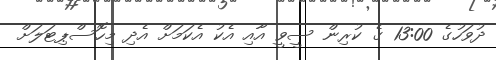
ދުވަހުގެ 13:00 ގެ ކުރިން ސީވީ އާއި އެކު އެކަމަށް އެދި މިހޮސްޕިޓަލަށް